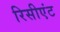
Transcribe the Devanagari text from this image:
रिसीएंट